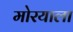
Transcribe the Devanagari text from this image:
मोरयाला